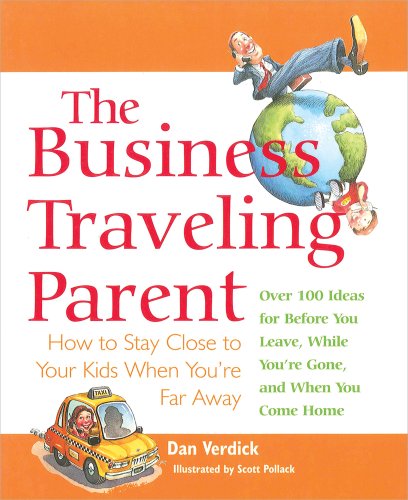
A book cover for The Business Traveling Parent: How to Stay Close to Your Kids When You're Far Away; Dan Verdick; Travel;